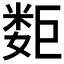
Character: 𰌕